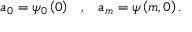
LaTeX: a _ { 0 } = \psi _ { 0 } \left( 0 \right) \; \; \; , \; \; \; a _ { m } = \psi \left( m , 0 \right) .